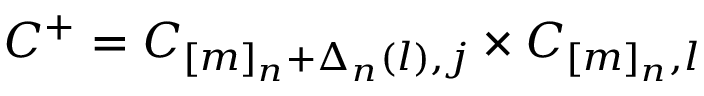
C ^ { + } = C _ { [ m ] _ { n } + \Delta _ { n } ( l ) , j } \times C _ { [ m ] _ { n } , l }